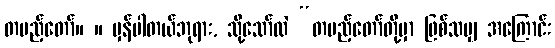
တပည့်တော်။ ။ မှန်ပါတယ်ဘုရား, သို့သော်လဲ “တပည့်တော်တို့မှာ ဖြစ်သမျှ အကြောင်း